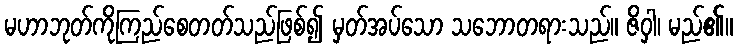
မဟာဘုတ်ကိုကြည်စေတတ်သည်ဖြစ်၍ မှတ်အပ်သော သဘောတရားသည်။ ဇိဝှါ၊ မည်၏။